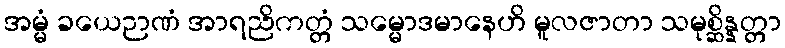
အမ္မံ ခယေဉာဏံ အာရညိကတ္တံ သမ္မောဒမာနေဟိ မူလဇာတာ သမုစ္ဆိန္နတ္တာ